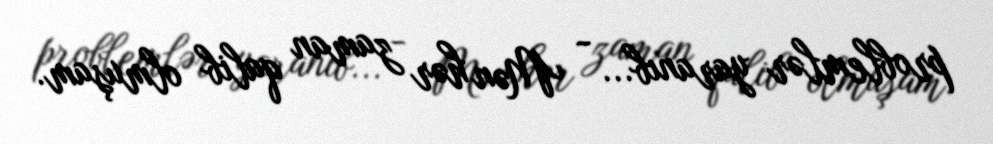
problemlər yaranıb... - Mən hər zaman qalib olmuşam.